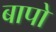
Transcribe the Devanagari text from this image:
बापो